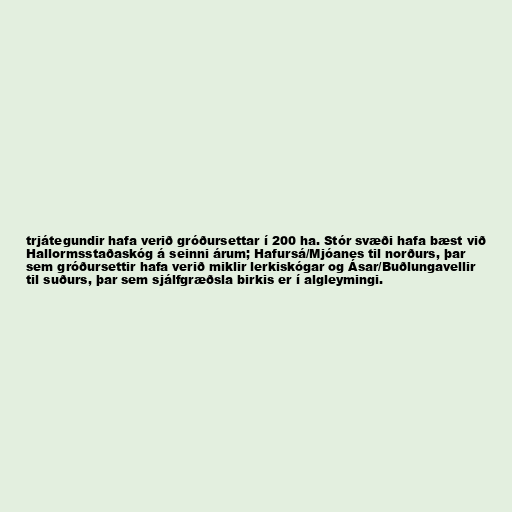
trjátegundir hafa verið gróðursettar í 200 ha. Stór svæði hafa bæst við
Hallormsstaðaskóg á seinni árum; Hafursá/Mjóanes til norðurs, þar
sem gróðursettir hafa verið miklir lerkiskógar og Ásar/Buðlungavellir
til suðurs, þar sem sjálfgræðsla birkis er í algleymingi.